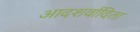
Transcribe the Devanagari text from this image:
आदशर्वादिता